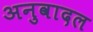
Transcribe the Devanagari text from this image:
अनुवादल